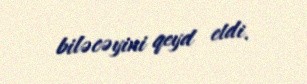
biləcəyini qeyd etdi.